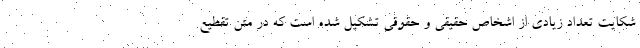
شکایت تعداد زیادی از اشخاص حقیقی و حقوقی تشکیل شده است که در متن تقطیع